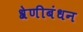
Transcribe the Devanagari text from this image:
श्रेणीबंधन